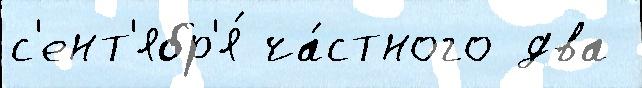
с'ент'ябр'я́ ча́стного два